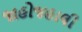
જાહોજહાલી